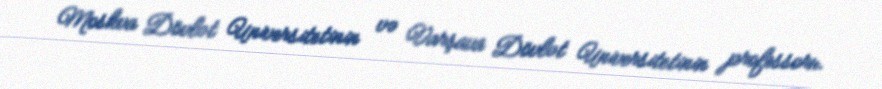
Moskva Dövlət Universitetinin və Varşava Dövlət Universitetinin professoru.